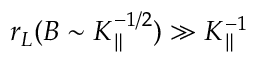
r _ { L } ( B \sim K _ { \parallel } ^ { - 1 / 2 } ) \gg K _ { \parallel } ^ { - 1 }